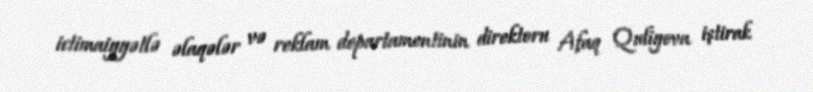
ictimaiyyətlə əlaqələr və reklam departamentinin direktoru Afaq Quliyeva iştirak